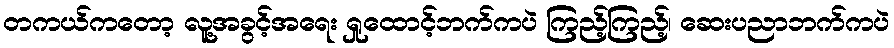
တကယ်ကတော့ လူ့အခွင့်အရေး ရှုထောင့်ဘက်ကပဲ ကြည့်ကြည့်၊ ဆေးပညာဘက်ကပဲ